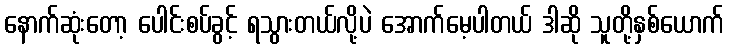
နောက်ဆုံးတော့ ပေါင်းစပ်ခွင့် ရသွားတယ်လို့ပဲ အောက်မေ့ပါတယ် ဒါဆို သူတို့နှစ်ယောက်